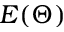
E ( \Theta )